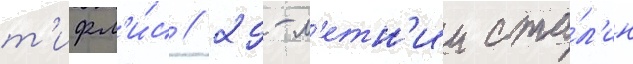
т'ифл'и́с // 29-л'етн'ии ста́л'ин